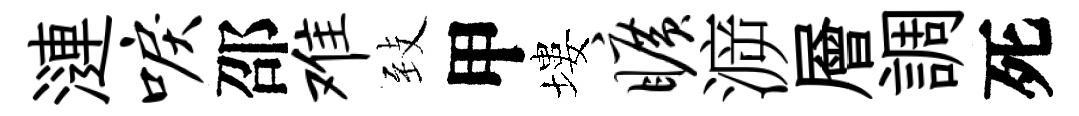
漣唳邵难𦤺甲塿旷㴑層調死